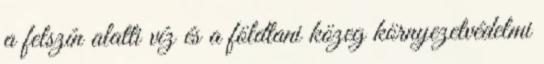
a felszín alatti víz és a földtani közeg környezetvédelmi